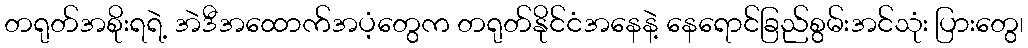
တရုတ်အစိုးရရဲ့ အဲဒီအထောက်အပံ့တွေက တရုတ်နိုင်ငံအနေနဲ့ နေရောင်ခြည်စွမ်းအင်သုံး ပြားတွေ၊